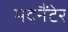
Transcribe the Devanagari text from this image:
मदनैंटेर